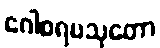
ဂေါစရပသုတော